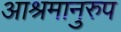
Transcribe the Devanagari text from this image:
आश्रमानुरुप